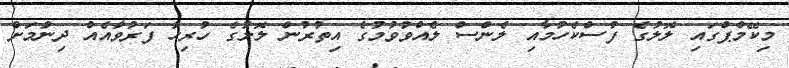
މިކޭމްޕްގައި ލޮލުގެ ފުސްކެހުމާއި ލެންސް ލެއްވުވުމުގެ އިތުރުން ލޮލުގެ ހުރިހާ ފަރުވާއެއް ދިނުމަށް